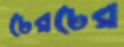
ঢেরঢের